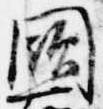
闕